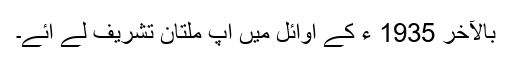
بالآخر 1935 ء کے اوائل میں آپ ملتان تشریف لے آئے۔